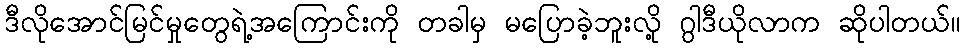
ဒီလိုအောင်မြင်မှုတွေရဲ့အကြောင်းကို တခါမှ မပြောခဲ့ဘူးလို့ ဂွါဒီယိုလာက ဆိုပါတယ်။